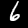
Digit: 6